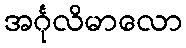
အင်္ဂုလိမာလော